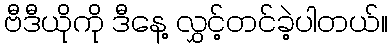
ဗီဒီယိုကို ဒီနေ့ လွှင့်တင်ခဲ့ပါတယ်။